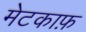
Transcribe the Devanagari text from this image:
मेटकाफ़